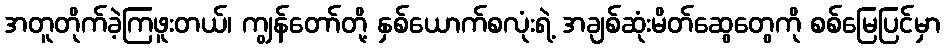
အတူတိုက်ခဲ့ကြဖူးတယ်၊ ကျွန်တော်တို့ နှစ်ယောက်စလုံးရဲ့ အချစ်ဆုံးမိတ်ဆွေတွေကို စစ်မြေပြင်မှာ